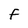
Character: F